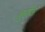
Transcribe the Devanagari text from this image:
बुर्होऊ